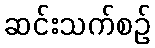
ဆင်းသက်စဉ်